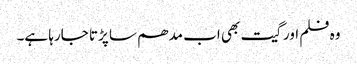
وہ فلم اور گیت بھی اب مدھم سا پڑتا جارہا ہے۔